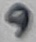
Text: 9